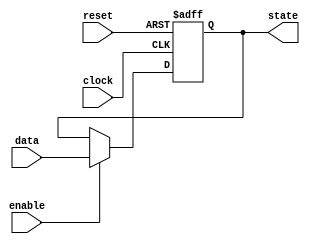
module flip_flop
(
    input data,
    input clock,
    input reset,
    input enable,
    output reg state
);

always @(posedge clock or posedge reset)
begin
    if (reset)
        state <= 1'b0;
    else if (enable)
        state <= data;
end

endmodule